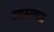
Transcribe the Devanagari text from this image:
सहस्यमास